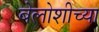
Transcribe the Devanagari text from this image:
बेलोशीच्या